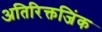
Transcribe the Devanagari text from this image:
अतिरिक्तजिंक